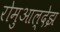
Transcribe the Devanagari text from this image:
रोमुआल्देझ